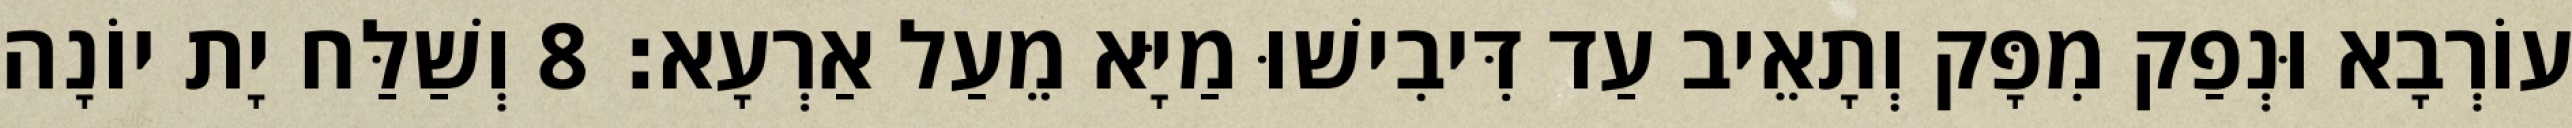
עוֹרְבָא וּנְפַק מִפָּק וְתָאֵיב עַד דִּיבִישׁוּ מַיָּא מֵעַל אַרְעָא׃ 8 וְשַׁלַּח יָת יוֹנָה